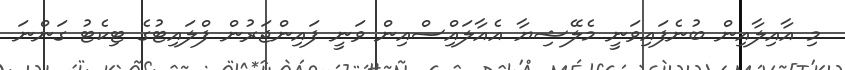
މި އާއިލާއިން ބުނެފައިވަނީ މެލޭޝިޔާ އެއާލައިްސްއިން ވަނީ ފައިންޖަރުން ފްލައިޓުގެ ޓިކެޓު ގަންނަ